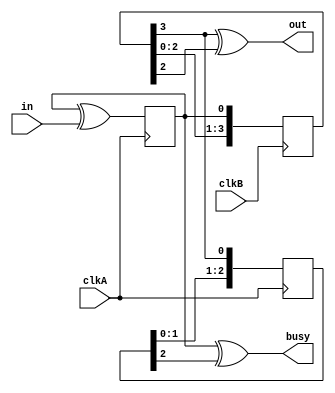
`timescale 1ns / 1ps
//////////////////////////////////////////////////////////////////////////////////
// Company: 
// Engineer: 
// 
// Design Name: 
// Module Name: flag_cdc, bus_cdc
// Project Name: cross clock domain
// Target Devices: 
// Tool Versions: 
// Description: 
// 
// Dependencies: 
// 
// Revision:
// Revision 0.01 - File Created
// Additional Comments:  https://fpga4fun.com/CrossClockDomain2.html
// 
//////////////////////////////////////////////////////////////////////////////////


module flag_cdc(
    input clkA,
    input clkB,
    input in,
    output out,
    output busy
    );
    
    reg toggleA = 1'b0;;
    always @(posedge clkA) toggleA <= toggleA ^ in;
    
    //three flip-flop crosser
    reg [3:0] syncA = 4'b0;
    always @(posedge clkB) syncA <= {syncA[2:0], toggleA};
    
    reg [2:0] syncB = 2'b0;
    always @(posedge clkA) syncB <= {syncB[1:0], syncA[3]};
    
    assign out = (syncA[3] ^ syncA[2]);
    assign busy = (toggleA ^ syncB[2]);
    
endmodule

module bus_cdc #( parameter WIDTH = 1)
(
    input clkDst,
    input [WIDTH-1:0] in,
    output [WIDTH-1:0] out
);

reg [WIDTH-1:0] sync [1:0];

always @(posedge clkDst)
begin
    sync[1] <= sync[0];
    sync[0] <= in;
end

assign out = sync[1];

endmodule